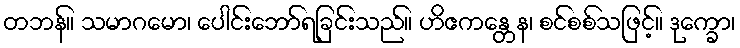
တဘန်။ သမာဂမော၊ ပေါင်းဘော်ရခြင်းသည်။ ဟိဧကန္တေန၊ စင်စစ်သဖြင့်။ ဒုက္ခော၊